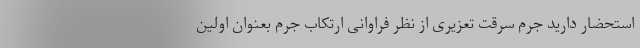
استحضار دارید جرم سرقت تعزیری از نظر فراوانی ارتکاب جرم بعنوان اولین